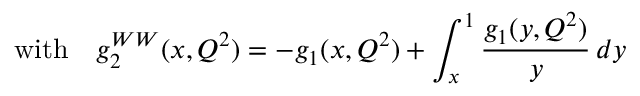
\mathrm { w i t h } \ \ \ g _ { 2 } ^ { W W } ( x , Q ^ { 2 } ) = - g _ { 1 } ( x , Q ^ { 2 } ) + \int _ { x } ^ { 1 } \frac { g _ { 1 } ( y , Q ^ { 2 } ) } { y } \, d y